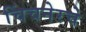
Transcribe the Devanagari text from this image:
चिंचनेरचे